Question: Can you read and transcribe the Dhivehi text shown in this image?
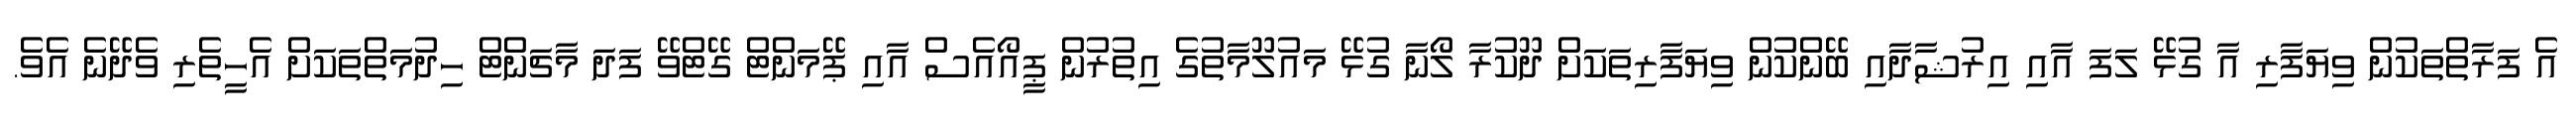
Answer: އެ ފަރާތްތަކުން ވިޔަފާރި އާ ގުޅޭ ލަފަ އާއި އިރުޝާދާއި ބޭންކުން ވިޔަފާރިތަކަށް ދޫކުރާ ލޯނާ ގުޅޭ މައުލޫމާތުގެ އިތުރުން ޕީއޯއެސް އާއި ޕޭމަންޓް ގޭޓްވޭ ފަދަ މާޗަންޓް ހިދުމަތްތަކަށް އެހީތެރި ވެދޭނެ އެވެ.